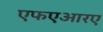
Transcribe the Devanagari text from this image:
एफएआरए